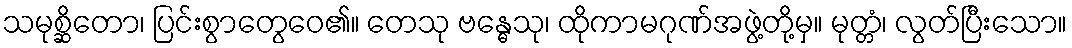
သမုစ္ဆိတော၊ ပြင်းစွာတွေဝေ၏။ တေသု ဗန္ဓေသု၊ ထိုကာမဂုဏ်အဖွဲ့တို့မှ။ မုတ္တံ၊ လွတ်ပြီးသော။